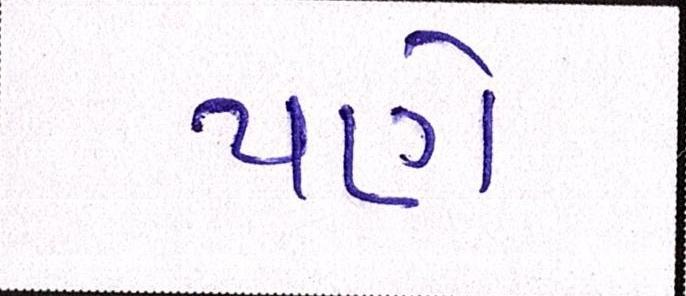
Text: પણે